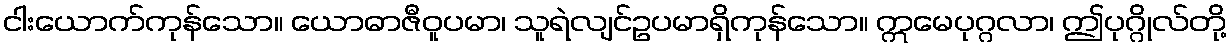
ငါးယောက်ကုန်သော။ ယောဓာဇီဝူပမာ၊ သူရဲလျင်ဥပမာရှိကုန်သော။ ဣမေပုဂ္ဂလာ၊ ဤပုဂ္ဂိုလ်တို့